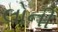
લોની